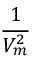
\frac { 1 } { V _ { m } ^ { 2 } }